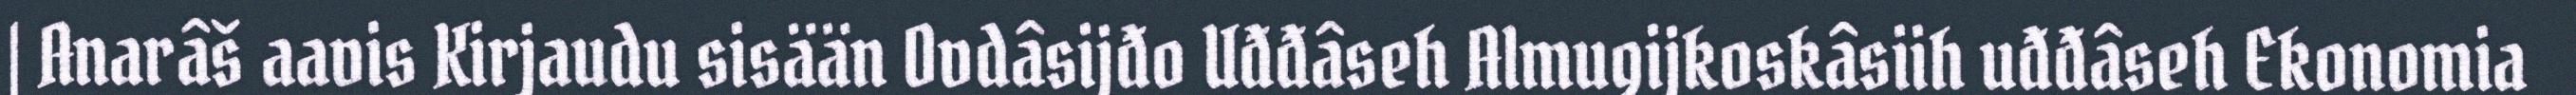
| Anarâš aavis Kirjaudu sisään Ovdâsijđo Uđđâseh Almugijkoskâsiih uđđâseh Ekonomia